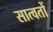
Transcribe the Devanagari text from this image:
सात्वतों